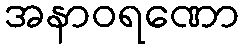
အနာဝရဏော